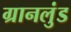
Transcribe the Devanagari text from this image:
ग्रानलुंड